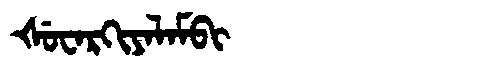
Manchu: ᡧᡠᠸᠠᡵᡴᡳᠶᠠᠯᠠᠮᠪᡳ
Romanization: ŠUWARKIYALAMBI